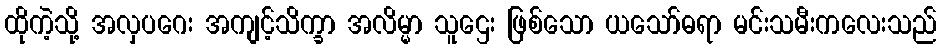
ထိုကဲ့သို့ အလှပဂေး အကျင့်သိက္ခာ အလိမ္မာ သူဌေး ဖြစ်သော ယသော်ဓရာ မင်းသမီးကလေးသည်